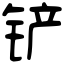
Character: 铲